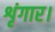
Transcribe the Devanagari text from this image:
शृंगार।